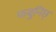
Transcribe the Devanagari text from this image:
फबुनिछ्